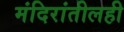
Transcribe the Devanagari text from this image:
मंदिरांतीलही